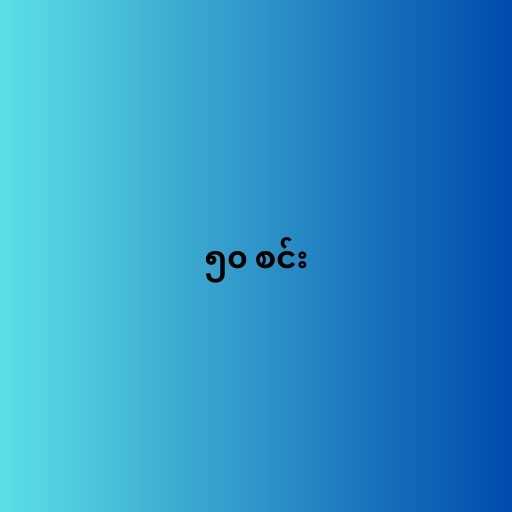
၅၀ စင်း